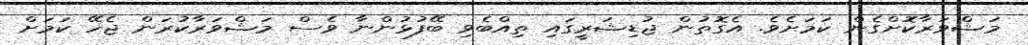
މަޝްވަރާކޮށްގެން ކަމަށެވެ. އެގޮތުން ޖުޑިޝަރީގައި ތިއްބެވި ބޭފުޅުންނާ ވެސް މަޝްވަރާކުރަން ޖެހޭ ކަމަށް